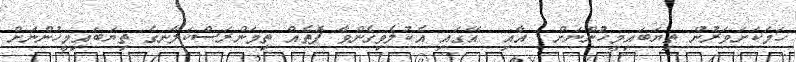
ހަމަކަށަވަރުން ތިޔަބައިމީހުންނަށް  އާއި  އޭގައި އެކުލެވިގެންވާ ފޮތެއް ތިމަންރަސްކަލާނގެ ތިޔަބައިމީހުންނަށް